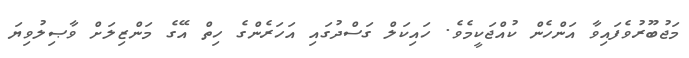
މަޖުބޫރުވެފައިވާ އަންހެން ކުއްޖަކީމެވެ. ހައިކަލް ގަސްދުގައި އަހަރެންގެ ހިތް އޭގެ މަންޒިލަށް ވާޞިލުވިޔަ